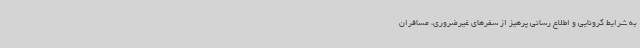
به شرایط کرونایی و اطلاع رسانی پرهیز از سفرهای غیرضروری، مسافران